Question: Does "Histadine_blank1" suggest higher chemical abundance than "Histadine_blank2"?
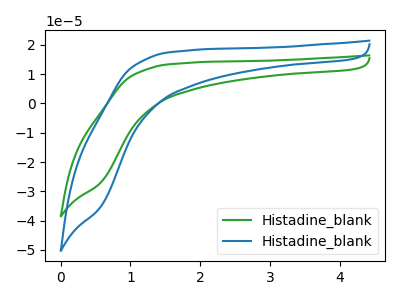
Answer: <think>The green curve "Histadine_blank1" has no peaks. The blue curve "Histadine_blank2" has no peaks.
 Neither "Histadine_blank1" or "Histadine_blank2" have any peaks.</think>
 <answer>I cant tell if "Histadine_blank1" or "Histadine_blank2" has more signal.</answer>
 <eval>mixed_signal</eval>